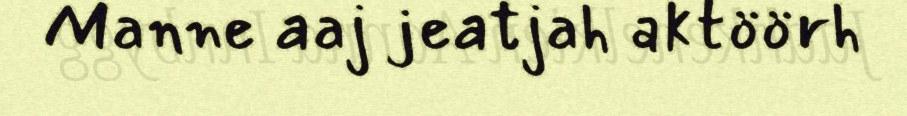
Manne aaj jeatjah aktöörh